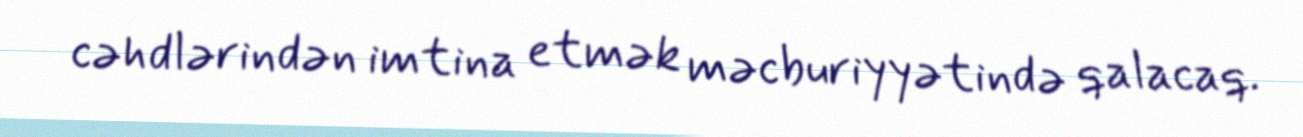
cəhdlərindən imtina etmək məcburiyyətində qalacaq.